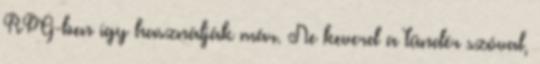
RPG-ben így használják már. Ne keverd a tündér szóval,